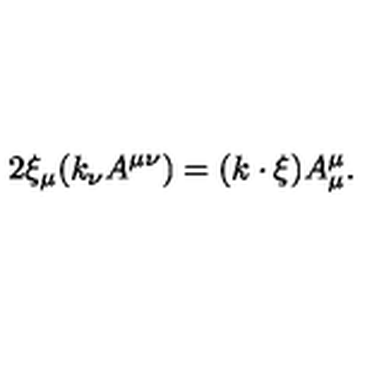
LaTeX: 2 \xi _ { \mu } ( k _ { \nu } A ^ { \mu \nu } ) = ( k \cdot \xi ) A _ { \mu } ^ { \mu } .